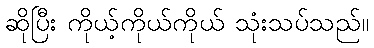
ဆိုပြီး ကိုယ့်ကိုယ်ကိုယ် သုံးသပ်သည်။